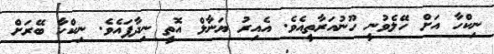
ނިކްހާ އަށް ހޭލެވުނީ ހޫނުއަރާތީއެވެ. އެއިރު ޔަނާލް އޮތީ ނިދާފައެވެ. ނިކްހާ ބޭރަށް